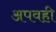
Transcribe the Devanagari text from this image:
अपवही